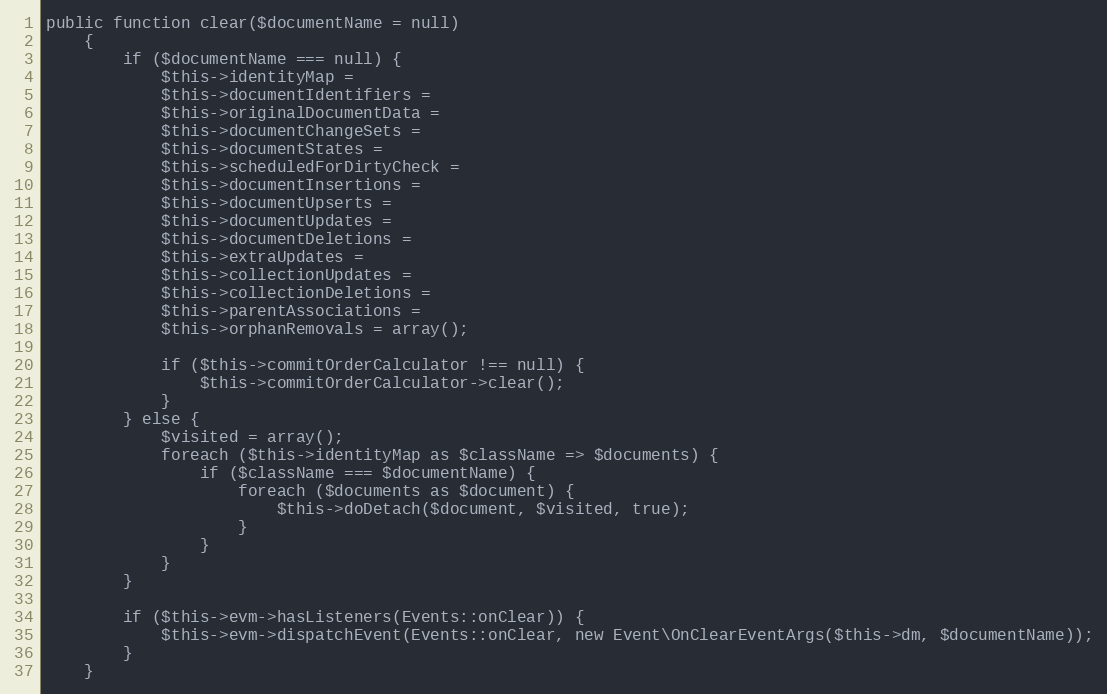
Language: PHP
public function clear($documentName = null)
    {
        if ($documentName === null) {
            $this->identityMap =
            $this->documentIdentifiers =
            $this->originalDocumentData =
            $this->documentChangeSets =
            $this->documentStates =
            $this->scheduledForDirtyCheck =
            $this->documentInsertions =
            $this->documentUpserts =
            $this->documentUpdates =
            $this->documentDeletions =
            $this->extraUpdates =
            $this->collectionUpdates =
            $this->collectionDeletions =
            $this->parentAssociations =
            $this->orphanRemovals = array();

            if ($this->commitOrderCalculator !== null) {
                $this->commitOrderCalculator->clear();
            }
        } else {
            $visited = array();
            foreach ($this->identityMap as $className => $documents) {
                if ($className === $documentName) {
                    foreach ($documents as $document) {
                        $this->doDetach($document, $visited, true);
                    }
                }
            }
        }

        if ($this->evm->hasListeners(Events::onClear)) {
            $this->evm->dispatchEvent(Events::onClear, new Event\OnClearEventArgs($this->dm, $documentName));
        }
    }